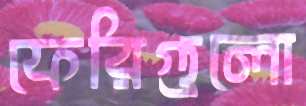
ফেরিগুলো